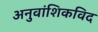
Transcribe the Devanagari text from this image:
अनुवांशिकविद